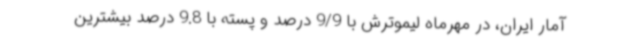
آمار ایران، در مهرماه لیموترش با 9/9 درصد و پسته با 9.8 درصد بیشترین